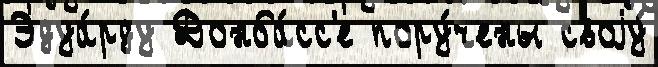
Эдуа́рду Донба́сс'е пору́чены своjу́